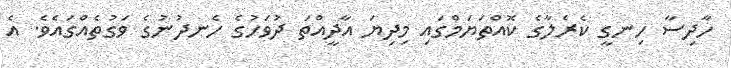
ހާދިސާ ހިނގީ ކެރެލާގެ ކޮއްތަޔަމްގައި މިދިޔަ އާދީއްތަ ދުވަހުގެ ހެނދުނުގެ ވަގުތެއްގައެވެ. އެ